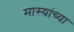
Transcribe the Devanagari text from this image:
मास्यांच्या